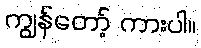
ကျွန်တော့် ကားပါ။